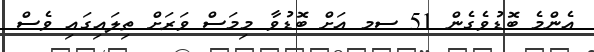
އެންމެ ބޮޑުވެގެން 51 ސމ އަށް ބޮޑުވާ މިމަސް ވަރަށް ތިލައިގައި ވެސް